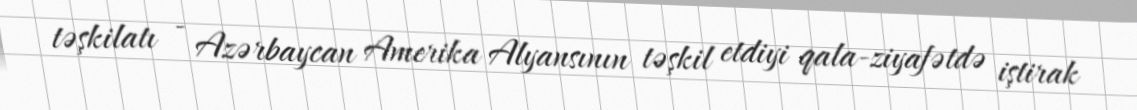
təşkilatı - Azərbaycan Amerika Alyansının təşkil etdiyi qala-ziyafətdə iştirak